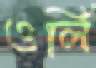
ওর্লি